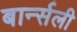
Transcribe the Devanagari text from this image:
बार्न्सली